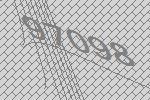
97098